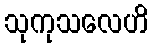
သုကုသလေဟိ